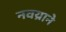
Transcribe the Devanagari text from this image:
नवय्राने